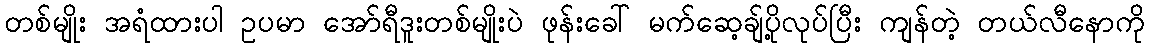
တစ်မျိုး အရံထားပါ ဥပမာ အော်ရီဒူးတစ်မျိုးပဲ ဖုန်းခေါ် မက်ဆေ့ချ်ပို့လုပ်ပြီး ကျန်တဲ့ တယ်လီနောကို